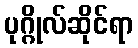
ပုဂ္ဂိုလ်ဆိုင်ရာ